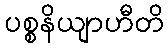
ပစ္စနိယျာဟီတိ